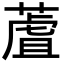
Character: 蔖